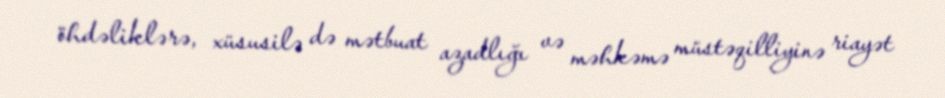
öhdəliklərə, xüsusilə də mətbuat azadlığı və məhkəmə müstəqilliyinə riayət